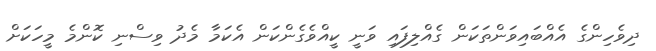
ދިވެހިންގެ އެއްބައިވަންތަކަން ގެއްލިފައި ވަނީ ކީއްވެގެންކަން އެކަމާ މެދު ވިސްނި ކޮންމެ މީހަކަށް